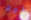
قبرك